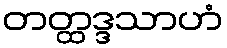
တတ္ထဒ္ဒသာဟံ